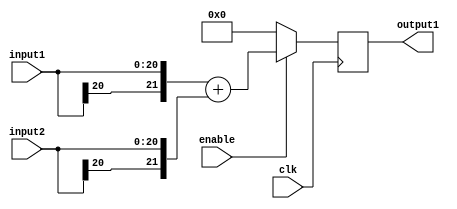
/*
	Author: Aniket Badhan
	Description: Addition stage 2
*/

`timescale 1ns / 1ps

module adderStage5_2(
    	input [20:0] input1,
    	input [20:0] input2,
    	output reg [21:0] output1,
	input enable,
   	input clk
    );
	
	always @ (posedge clk) begin
		if(enable) begin
			output1 <= {input1[20], input1} + {input2[20], input2};
		end
		else begin
			output1 <= 0;
		end
	end
	
endmodule